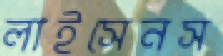
লাইসেনস